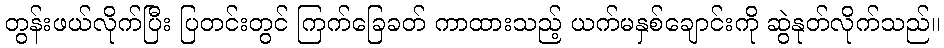
တွန်းဖယ်လိုက်ပြီး ပြတင်းတွင် ကြက်ခြေခတ် ကာထားသည့် ယက်မနှစ်ချောင်းကို ဆွဲနုတ်လိုက်သည်။